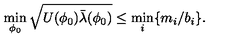
\min _ { \phi _ { 0 } } \sqrt { U ( \phi _ { 0 } ) \bar { \lambda } ( \phi _ { 0 } ) } \le \min _ { i } \{ m _ { i } / b _ { i } \} .